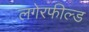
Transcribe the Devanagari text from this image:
लगेरफील्ड